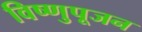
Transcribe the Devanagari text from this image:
विष्णुपूजन